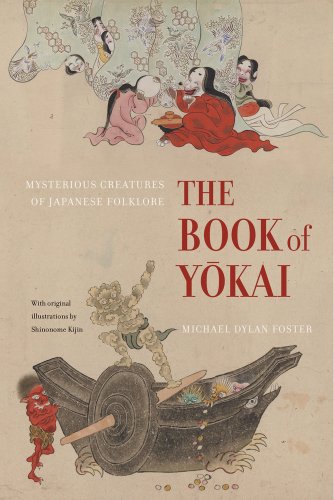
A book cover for The Book of Yokai: Mysterious Creatures of Japanese Folklore; MichÃ¦l Dylan Foster; History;